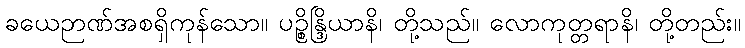
ခယေဉာဏ်အစရှိကုန်သော။ ပဉ္စိန္ဒြိယာနိ၊ တို့သည်။ လောကုတ္တရာနိ၊ တို့တည်း။